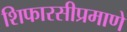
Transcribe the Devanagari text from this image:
शिफारसीप्रमाणे